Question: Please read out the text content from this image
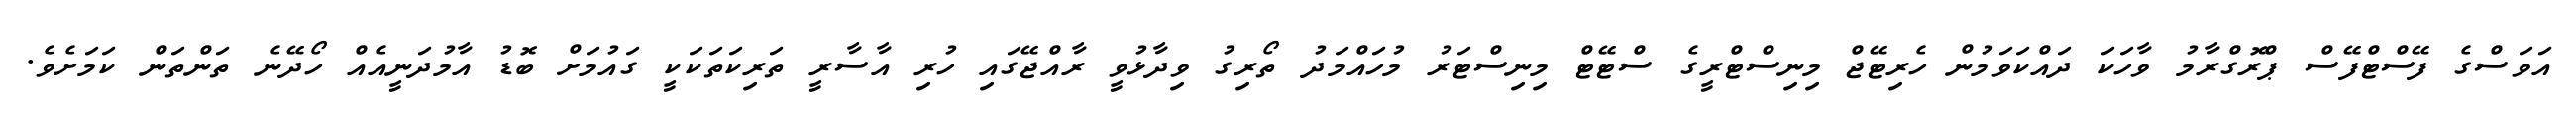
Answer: އަވަސްގެ ފޭސްޓްފޭސް ޕްރޮގްރާމު ވާހަކަ ދައްކަވަމުން ހެރިޓޭޖް މިނިސްޓްރީގެ ސްޓޭޓް މިނިސްޓަރު މުހައްމަދު ތޯރިގު ވިދާޅުވީ ރާއްޖޭގައި ހުރި އާސާރީ ތަރިކަތަކަކީ ގައުމަށް ބޮޑު އާމުދަނީއެއް ހޯދޭނެ ތަންތަން ކަމަށެވެ.